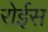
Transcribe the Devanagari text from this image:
रोईस